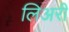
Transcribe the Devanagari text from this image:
लिअरी